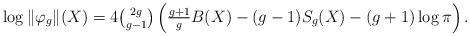
LaTeX: \begin{align*}\log\|\varphi_{g}\|(X)=4\tbinom{2g}{g-1}\left(\tfrac{g+1}{g}B(X)-(g-1)S_{g}(X)-(g+1)\log\pi\right).\end{align*}